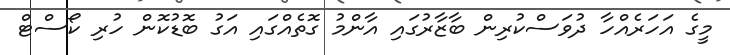
މީގެ އަހަރެއްހާ ދުވަސްކުރިން ބާޒާރުގައި އާންމު ގޮތެއްގައި އަގު ބޮޑުކޮން ހުރި ކޯސްޓް